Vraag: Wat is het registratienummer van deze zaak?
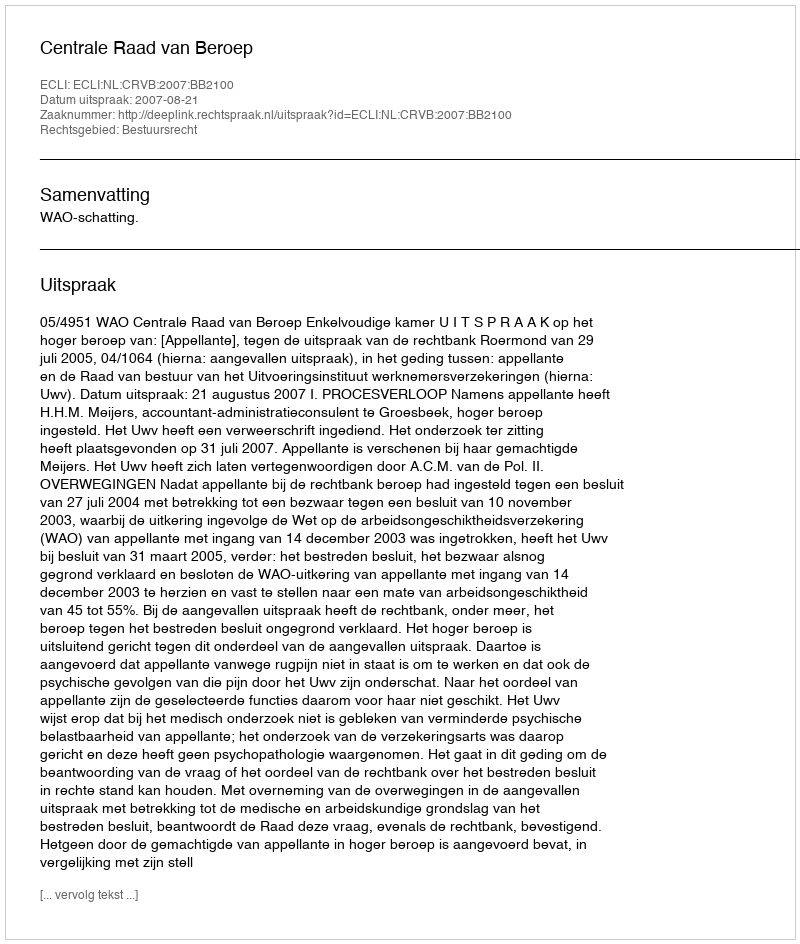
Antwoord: http://deeplink.rechtspraak.nl/uitspraak?id=ECLI:NL:CRVB:2007:BB2100